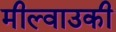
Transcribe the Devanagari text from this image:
मील्वाउकी